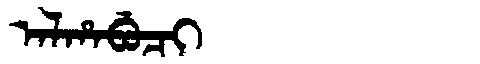
Manchu: ᠠᠯᡥᠠᠪᡠᠴᡳ
Romanization: ALHABUCI